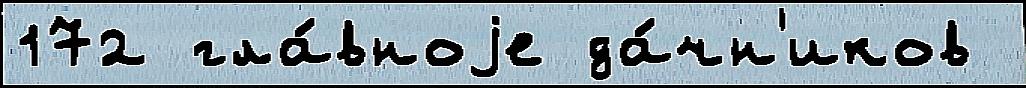
172 гла́вноjе да́чн'иков